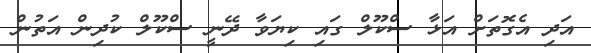
އަދި އެގޮތަށް އަޅާ ސްކޫލް ގައި ކިޔަވާ ދޭނީ ސްކޫލް ކުދިން އަތުން